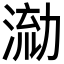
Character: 𭱛